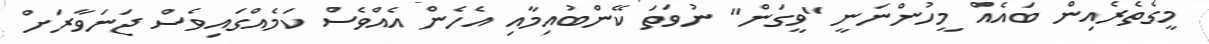
މީގެތެރެއިން ބައެއް މީހުންނަނީ "ވީގަން" ނުވަތަ ކޭންބުއިމާއި އެހެން އެއްވެސް ކަމެއްގައިވެސް ޖަނަވާރަށް